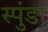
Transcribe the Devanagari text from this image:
स्पुंडा